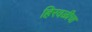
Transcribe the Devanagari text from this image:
हिरवळीचा